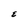
Character: E